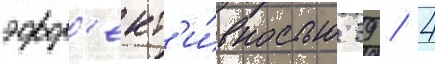
эфф'ект'и́вностью 39 / 4